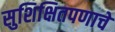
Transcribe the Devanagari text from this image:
सुशिक्षितपणाचे